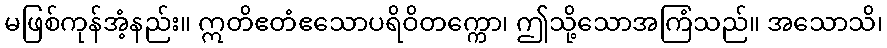
မဖြစ်ကုန်အံ့နည်း။ ဣတိဧတံဧသောပရိဝိတက္ကော၊ ဤသို့သောအကြံသည်။ အသောသိ၊